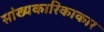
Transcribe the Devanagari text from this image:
सांख्यकारिकाकार